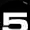
Digit: 5